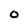
Character: 0